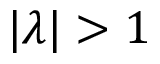
| \lambda | > 1